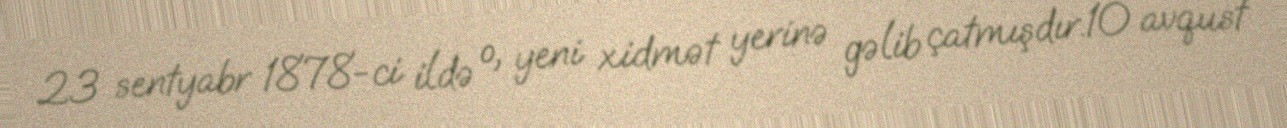
23 sentyabr 1878-ci ildə o, yeni xidmət yerinə gəlib çatmışdır.10 avqust